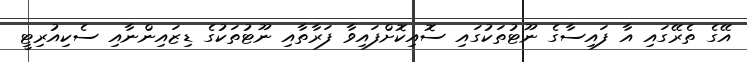
އޭގެ ތެރޭގައި އާ ފައިސާގެ ނޫޓުތަކުގައި ސޮއިކޮށްފައިވާ ފަރާތާއި ނޫޓުތަކުގެ ޑިޒައިންނާއި ސެކިއުރިޓީ